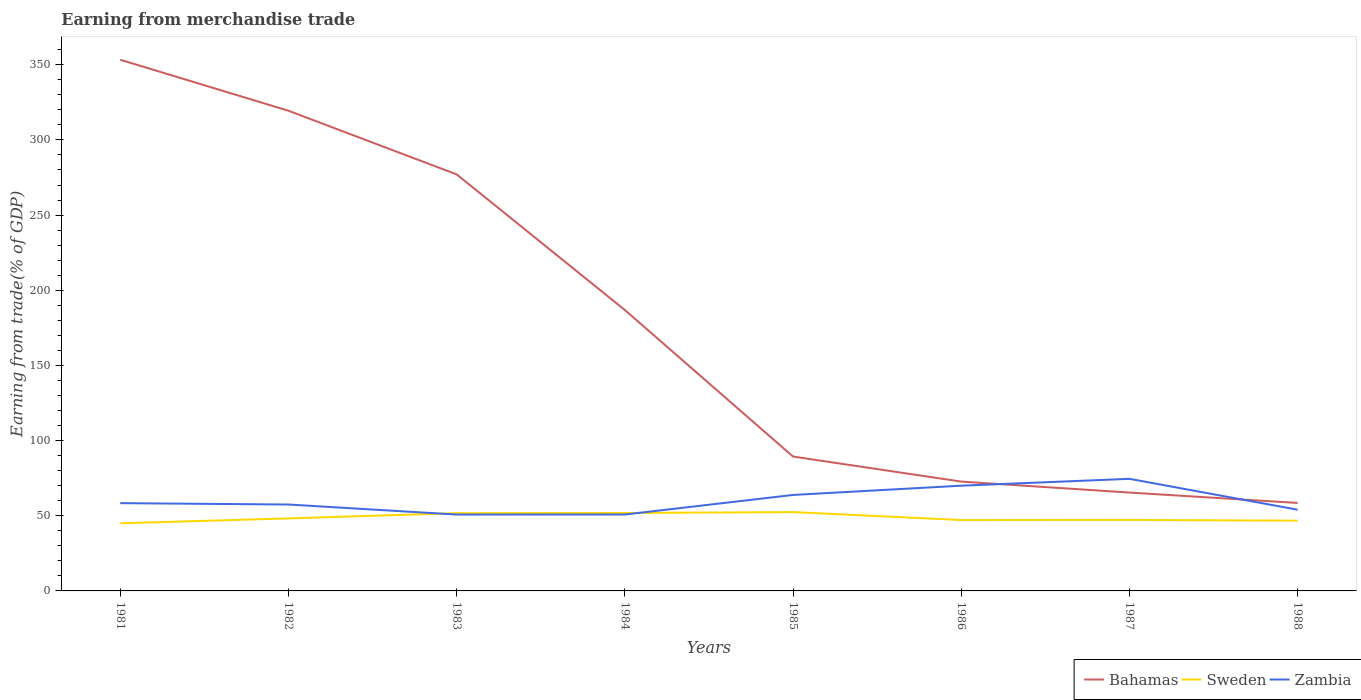
| Years | Bahamas | Sweden | Zambia |
 | --- | --- | --- | --- |
 | 1981 | 353 | 45 | 58.4 |
 | 1982 | 319 | 48.2 | 57.5 |
 | 1983 | 277 | 51.7 | 50.8 |
 | 1984 | 187 | 51.8 | 50.8 |
 | 1985 | 89.4 | 52.4 | 63.8 |
 | 1986 | 72.7 | 47.1 | 70 |
 | 1987 | 65.4 | 47.2 | 74.6 |
 | 1988 | 58.5 | 46.7 | 54 |